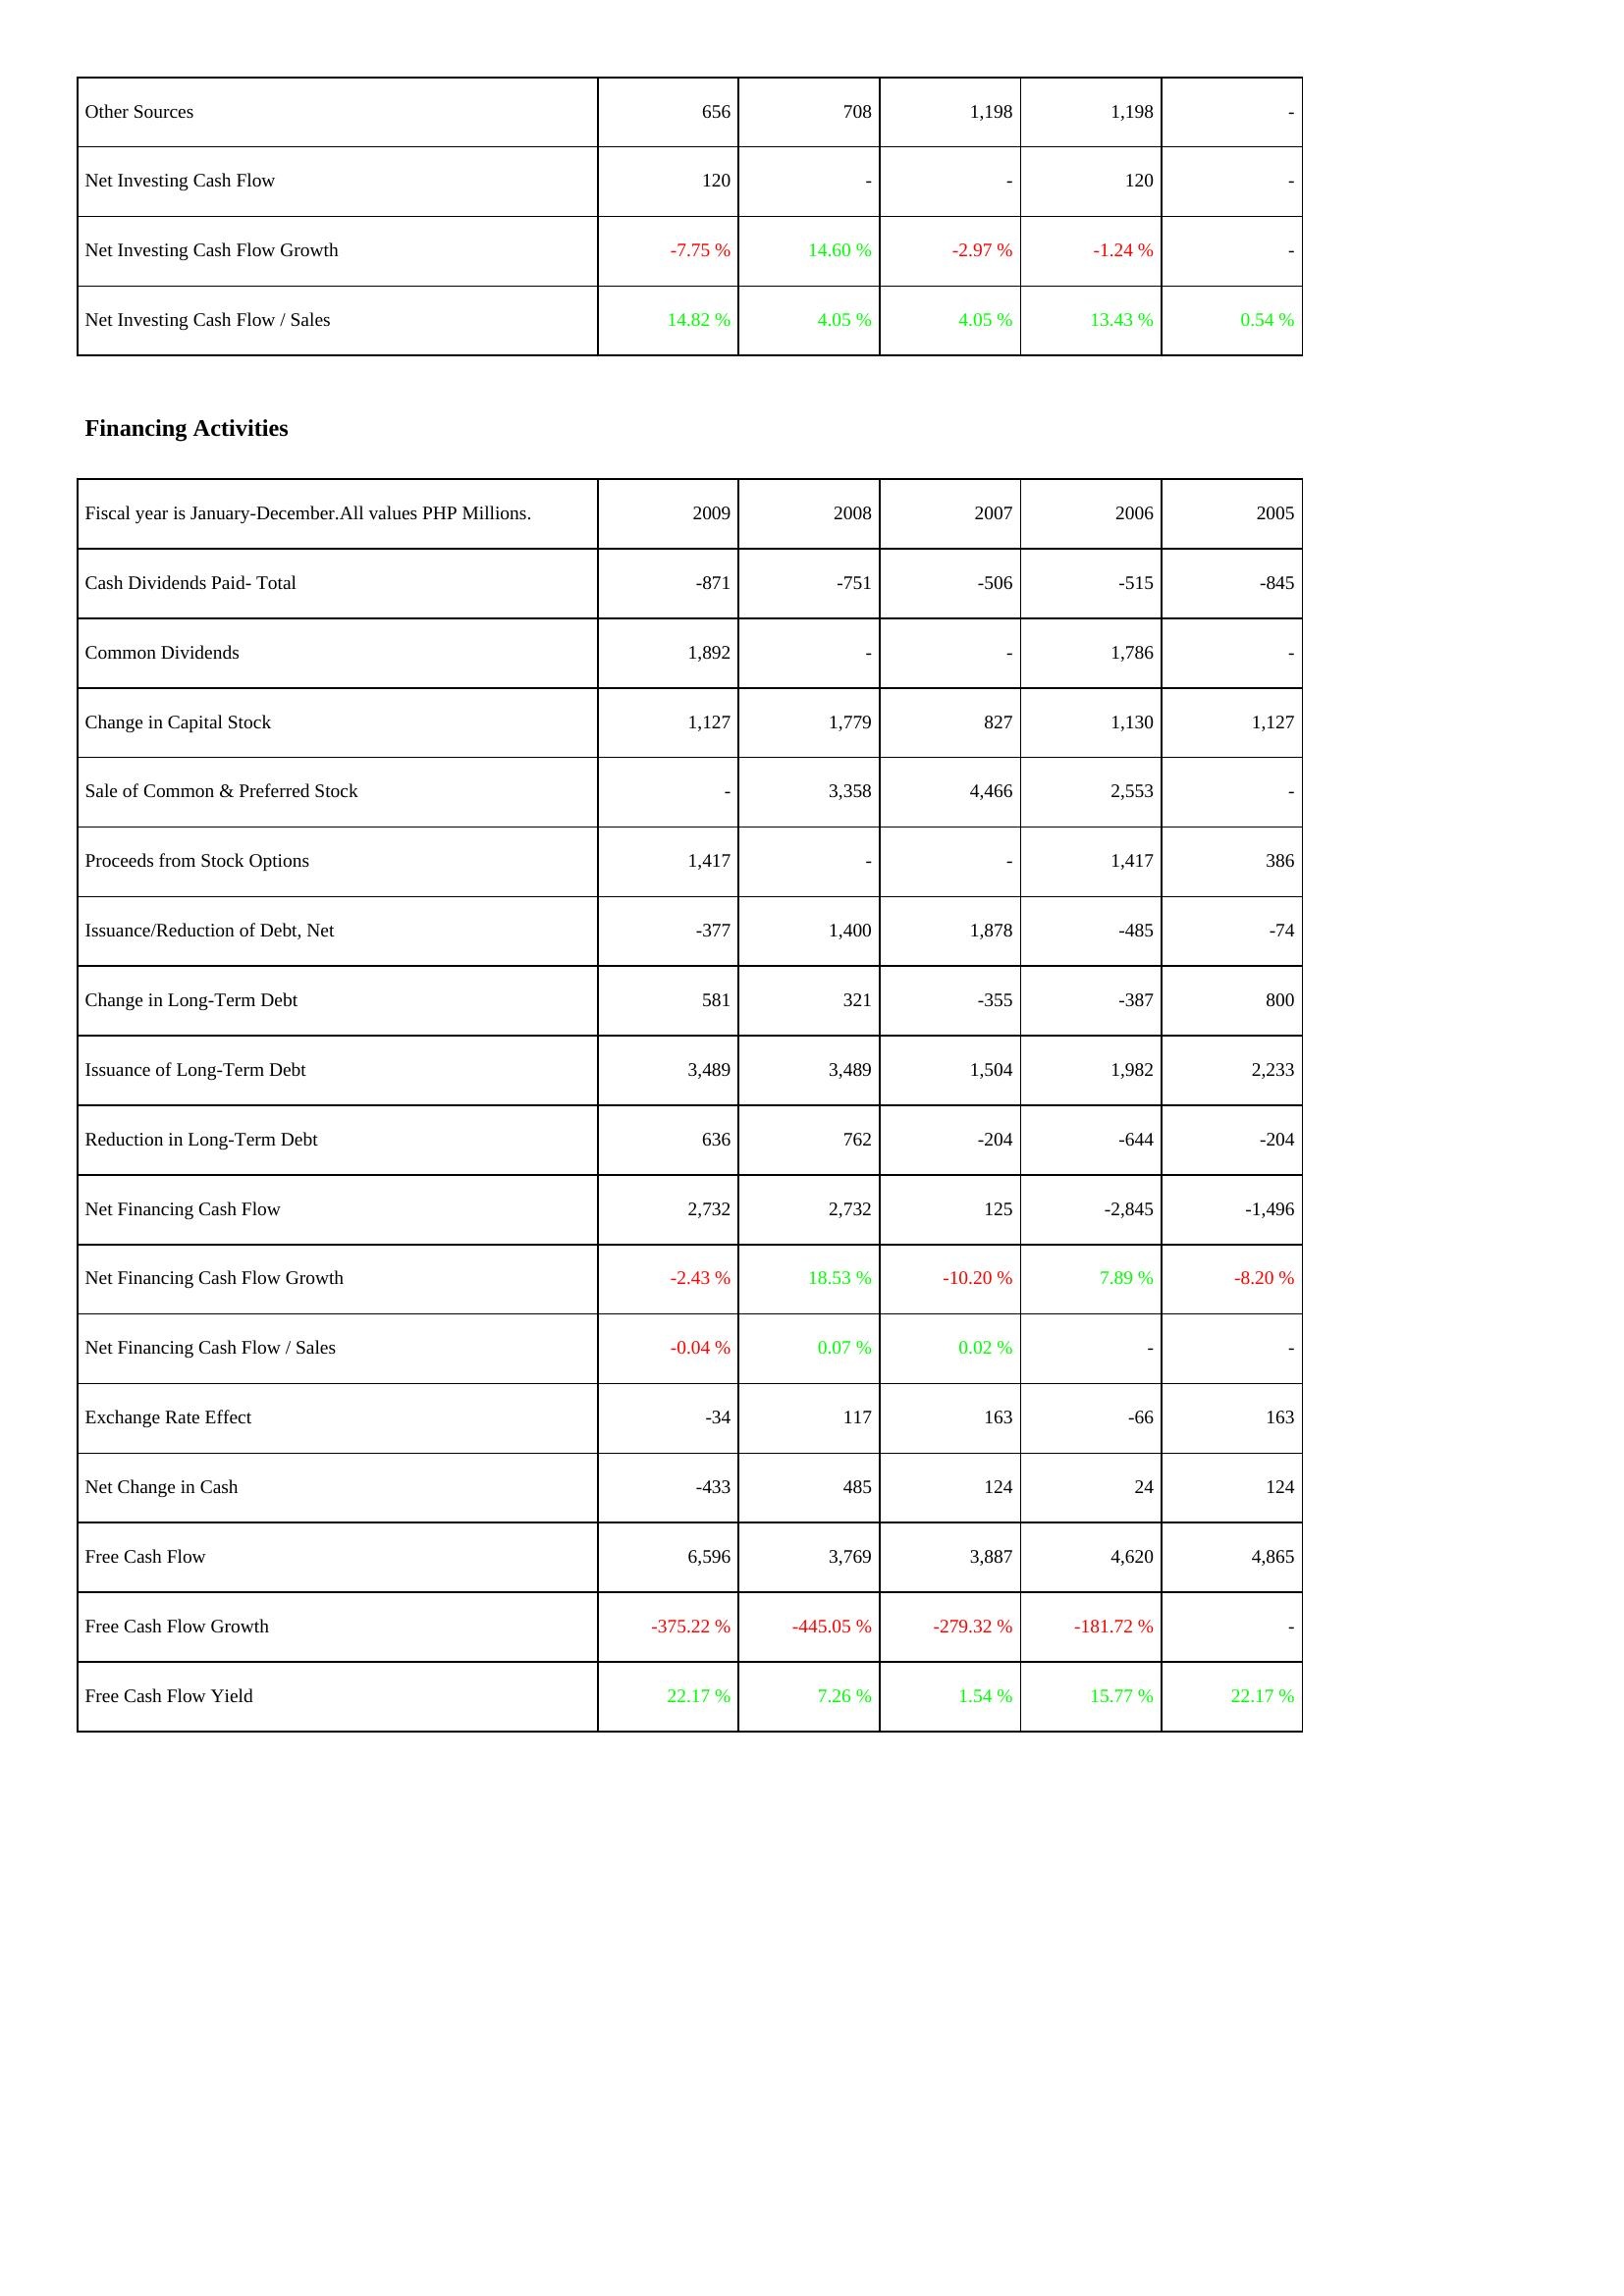
2009: Investing Activities: Other Sources: 656
Net Investing Cash Flow: 120
Net Investing Cash Flow Growth: -7.75 %
Net Investing Cash Flow / Sales: 14.82 %
Financing Activities: Cash Dividends Paid- Total: -871
Common Dividends: 1,892
Change in Capital Stock: 1,127
Sale of Common & Preferred Stock: -
Proceeds from Stock Options: 1,417
Issuance/Reduction of Debt, Net: -377
Change in Long-Term Debt: 581
Issuance of Long-Term Debt: 3,489
Reduction in Long-Term Debt: 636
Net Financing Cash Flow: 2,732
Net Financing Cash Flow Growth: -2.43 %
Net Financing Cash Flow / Sales: -0.04 %
Exchange Rate Effect: -34
Net Change in Cash: -433
Free Cash Flow: 6,596
Free Cash Flow Growth: -375.22 %
Free Cash Flow Yield: 22.17 %
2008: Investing Activities: Other Sources: 708
Net Investing Cash Flow: -
Net Investing Cash Flow Growth: 14.60 %
Net Investing Cash Flow / Sales: 4.05 %
Financing Activities: Cash Dividends Paid- Total: -751
Common Dividends: -
Change in Capital Stock: 1,779
Sale of Common & Preferred Stock: 3,358
Proceeds from Stock Options: -
Issuance/Reduction of Debt, Net: 1,400
Change in Long-Term Debt: 321
Issuance of Long-Term Debt: 3,489
Reduction in Long-Term Debt: 762
Net Financing Cash Flow: 2,732
Net Financing Cash Flow Growth: 18.53 %
Net Financing Cash Flow / Sales: 0.07 %
Exchange Rate Effect: 117
Net Change in Cash: 485
Free Cash Flow: 3,769
Free Cash Flow Growth: -445.05 %
Free Cash Flow Yield: 7.26 %
2007: Investing Activities: Other Sources: 1,198
Net Investing Cash Flow: -
Net Investing Cash Flow Growth: -2.97 %
Net Investing Cash Flow / Sales: 4.05 %
Financing Activities: Cash Dividends Paid- Total: -506
Common Dividends: -
Change in Capital Stock: 827
Sale of Common & Preferred Stock: 4,466
Proceeds from Stock Options: -
Issuance/Reduction of Debt, Net: 1,878
Change in Long-Term Debt: -355
Issuance of Long-Term Debt: 1,504
Reduction in Long-Term Debt: -204
Net Financing Cash Flow: 125
Net Financing Cash Flow Growth: -10.20 %
Net Financing Cash Flow / Sales: 0.02 %
Exchange Rate Effect: 163
Net Change in Cash: 124
Free Cash Flow: 3,887
Free Cash Flow Growth: -279.32 %
Free Cash Flow Yield: 1.54 %
2006: Investing Activities: Other Sources: 1,198
Net Investing Cash Flow: 120
Net Investing Cash Flow Growth: -1.24 %
Net Investing Cash Flow / Sales: 13.43 %
Financing Activities: Cash Dividends Paid- Total: -515
Common Dividends: 1,786
Change in Capital Stock: 1,130
Sale of Common & Preferred Stock: 2,553
Proceeds from Stock Options: 1,417
Issuance/Reduction of Debt, Net: -485
Change in Long-Term Debt: -387
Issuance of Long-Term Debt: 1,982
Reduction in Long-Term Debt: -644
Net Financing Cash Flow: -2,845
Net Financing Cash Flow Growth: 7.89 %
Net Financing Cash Flow / Sales: -
Exchange Rate Effect: -66
Net Change in Cash: 24
Free Cash Flow: 4,620
Free Cash Flow Growth: -181.72 %
Free Cash Flow Yield: 15.77 %
2005: Investing Activities: Other Sources: -
Net Investing Cash Flow: -
Net Investing Cash Flow Growth: -
Net Investing Cash Flow / Sales: 0.54 %
Financing Activities: Cash Dividends Paid- Total: -845
Common Dividends: -
Change in Capital Stock: 1,127
Sale of Common & Preferred Stock: -
Proceeds from Stock Options: 386
Issuance/Reduction of Debt, Net: -74
Change in Long-Term Debt: 800
Issuance of Long-Term Debt: 2,233
Reduction in Long-Term Debt: -204
Net Financing Cash Flow: -1,496
Net Financing Cash Flow Growth: -8.20 %
Net Financing Cash Flow / Sales: -
Exchange Rate Effect: 163
Net Change in Cash: 124
Free Cash Flow: 4,865
Free Cash Flow Growth: -
Free Cash Flow Yield: 22.17 %